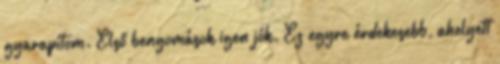
gyarapítom. Első benyomások igen jók. Ez egyre érdekesebb, ahelyett